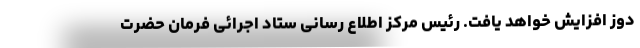
دوز افزایش خواهد یافت. رئیس مرکز اطلاع رسانی ستاد اجرائی فرمان حضرت